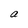
Character: a